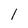
Character: 1